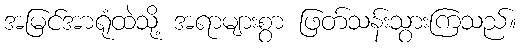
အမြင်အာရုံထဲသို့ အရာများစွာ ဖြတ်သန်းသွားကြသည်။